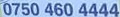
0750 460 4444